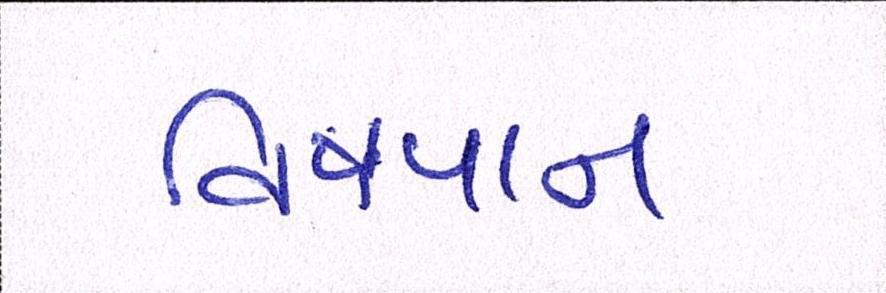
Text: વિષપાન